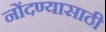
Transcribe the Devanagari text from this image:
नोंदण्यासाठी